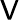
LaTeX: \mathsf{V}